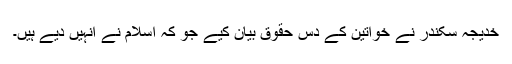
خدیجہ سکندر نے خواتین کے دس حقوق بیان کیے جو کہ اسلام نے انہیں دیے ہیں۔